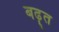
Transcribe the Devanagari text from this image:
बढ़्त